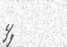
ފަހެ